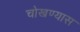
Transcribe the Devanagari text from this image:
चोखण्यास